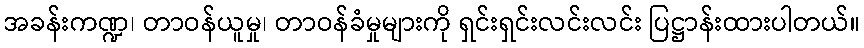
အခန်းကဏ္ဍ၊ တာဝန်ယူမှု၊ တာဝန်ခံမှုများကို ရှင်းရှင်းလင်းလင်း ပြဋ္ဌာန်းထားပါတယ်။